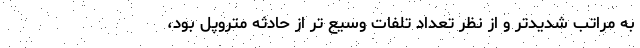
به مراتب شدیدتر و از نظر تعداد تلفات وسیع تر از حادثه متروپل بود،